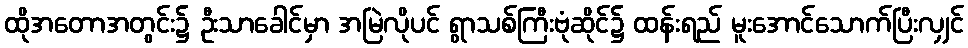
ထိုအတောအတွင်း၌ ဦးသာခေါင်မှာ အမြဲလိုပင် ရွာသစ်ကြီးဗုံဆိုင်၌ ထန်းရည် မူးအောင်သောက်ပြီးလျှင်